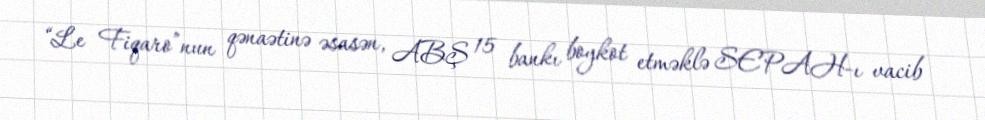
“Le Fiqaro”nun qənaətinə əsasən, ABŞ 15 bankı boykot etməklə SEPAH-ı vacib